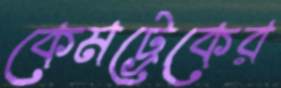
কেমট্রেকের